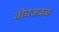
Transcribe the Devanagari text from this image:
बीचजवळ